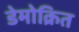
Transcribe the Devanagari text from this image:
डेमोक्रित